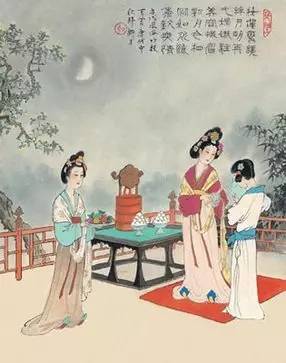
双星何事今宵会，遗我庭前月一钩。